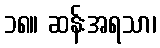
၁၈။ ဆန်းအရသာ၊